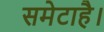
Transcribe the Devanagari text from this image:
समेटाहै।